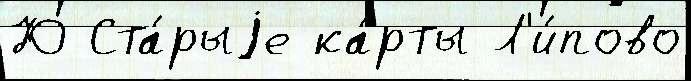
Ю Ста́рыjе ка́рты Л'и́пово